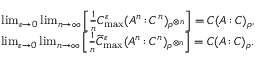
\begin{array} { r } { \operatorname* { l i m } _ { \varepsilon \to 0 } \operatorname* { l i m } _ { n \to \infty } \left[ \frac { 1 } { n } C _ { \operatorname* { m a x } } ^ { \varepsilon } ( A ^ { n } { \, : \, } C ^ { n } ) _ { \rho ^ { \otimes n } } \right] = C ( A { \, : \, } C ) _ { \rho } , } \\ { \operatorname* { l i m } _ { \varepsilon \to 0 } \operatorname* { l i m } _ { n \to \infty } \left[ \frac { 1 } { n } \widetilde { C } _ { \operatorname* { m a x } } ^ { \varepsilon } ( A ^ { n } { \, : \, } C ^ { n } ) _ { \rho ^ { \otimes n } } \right] = C ( A { \, : \, } C ) _ { \rho } . } \end{array}